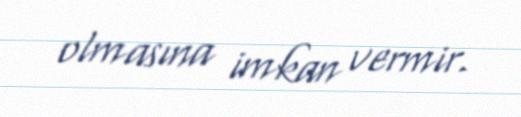
olmasına imkan vermir.